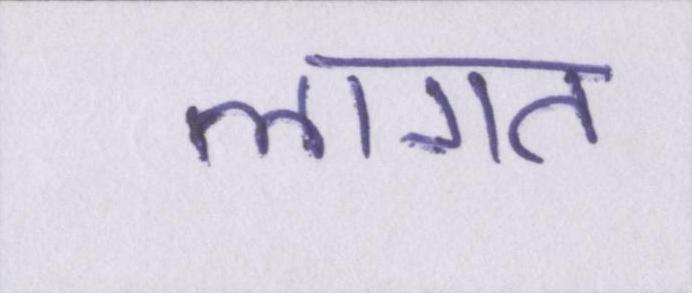
लागत